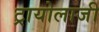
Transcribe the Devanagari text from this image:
ट्रायोलाजी